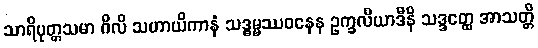
သာရိပုတ္တသမာ ဂိလိ သဟာယိကာနံ သဒ္ဓမ္မဿဝနေန ဥက္ခလိယာဒီနိ သဒ္ဒတ္ထေ အာသတ္တိ